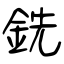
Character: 銑